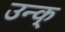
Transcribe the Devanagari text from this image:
उन्क्